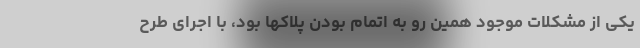
یکی از مشکلات موجود همین رو به اتمام بودن پلاکها بود، با اجرای طرح